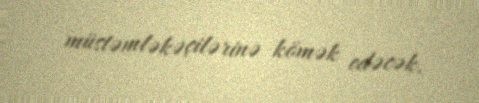
müstəmləkəçilərinə kömək edəcək.